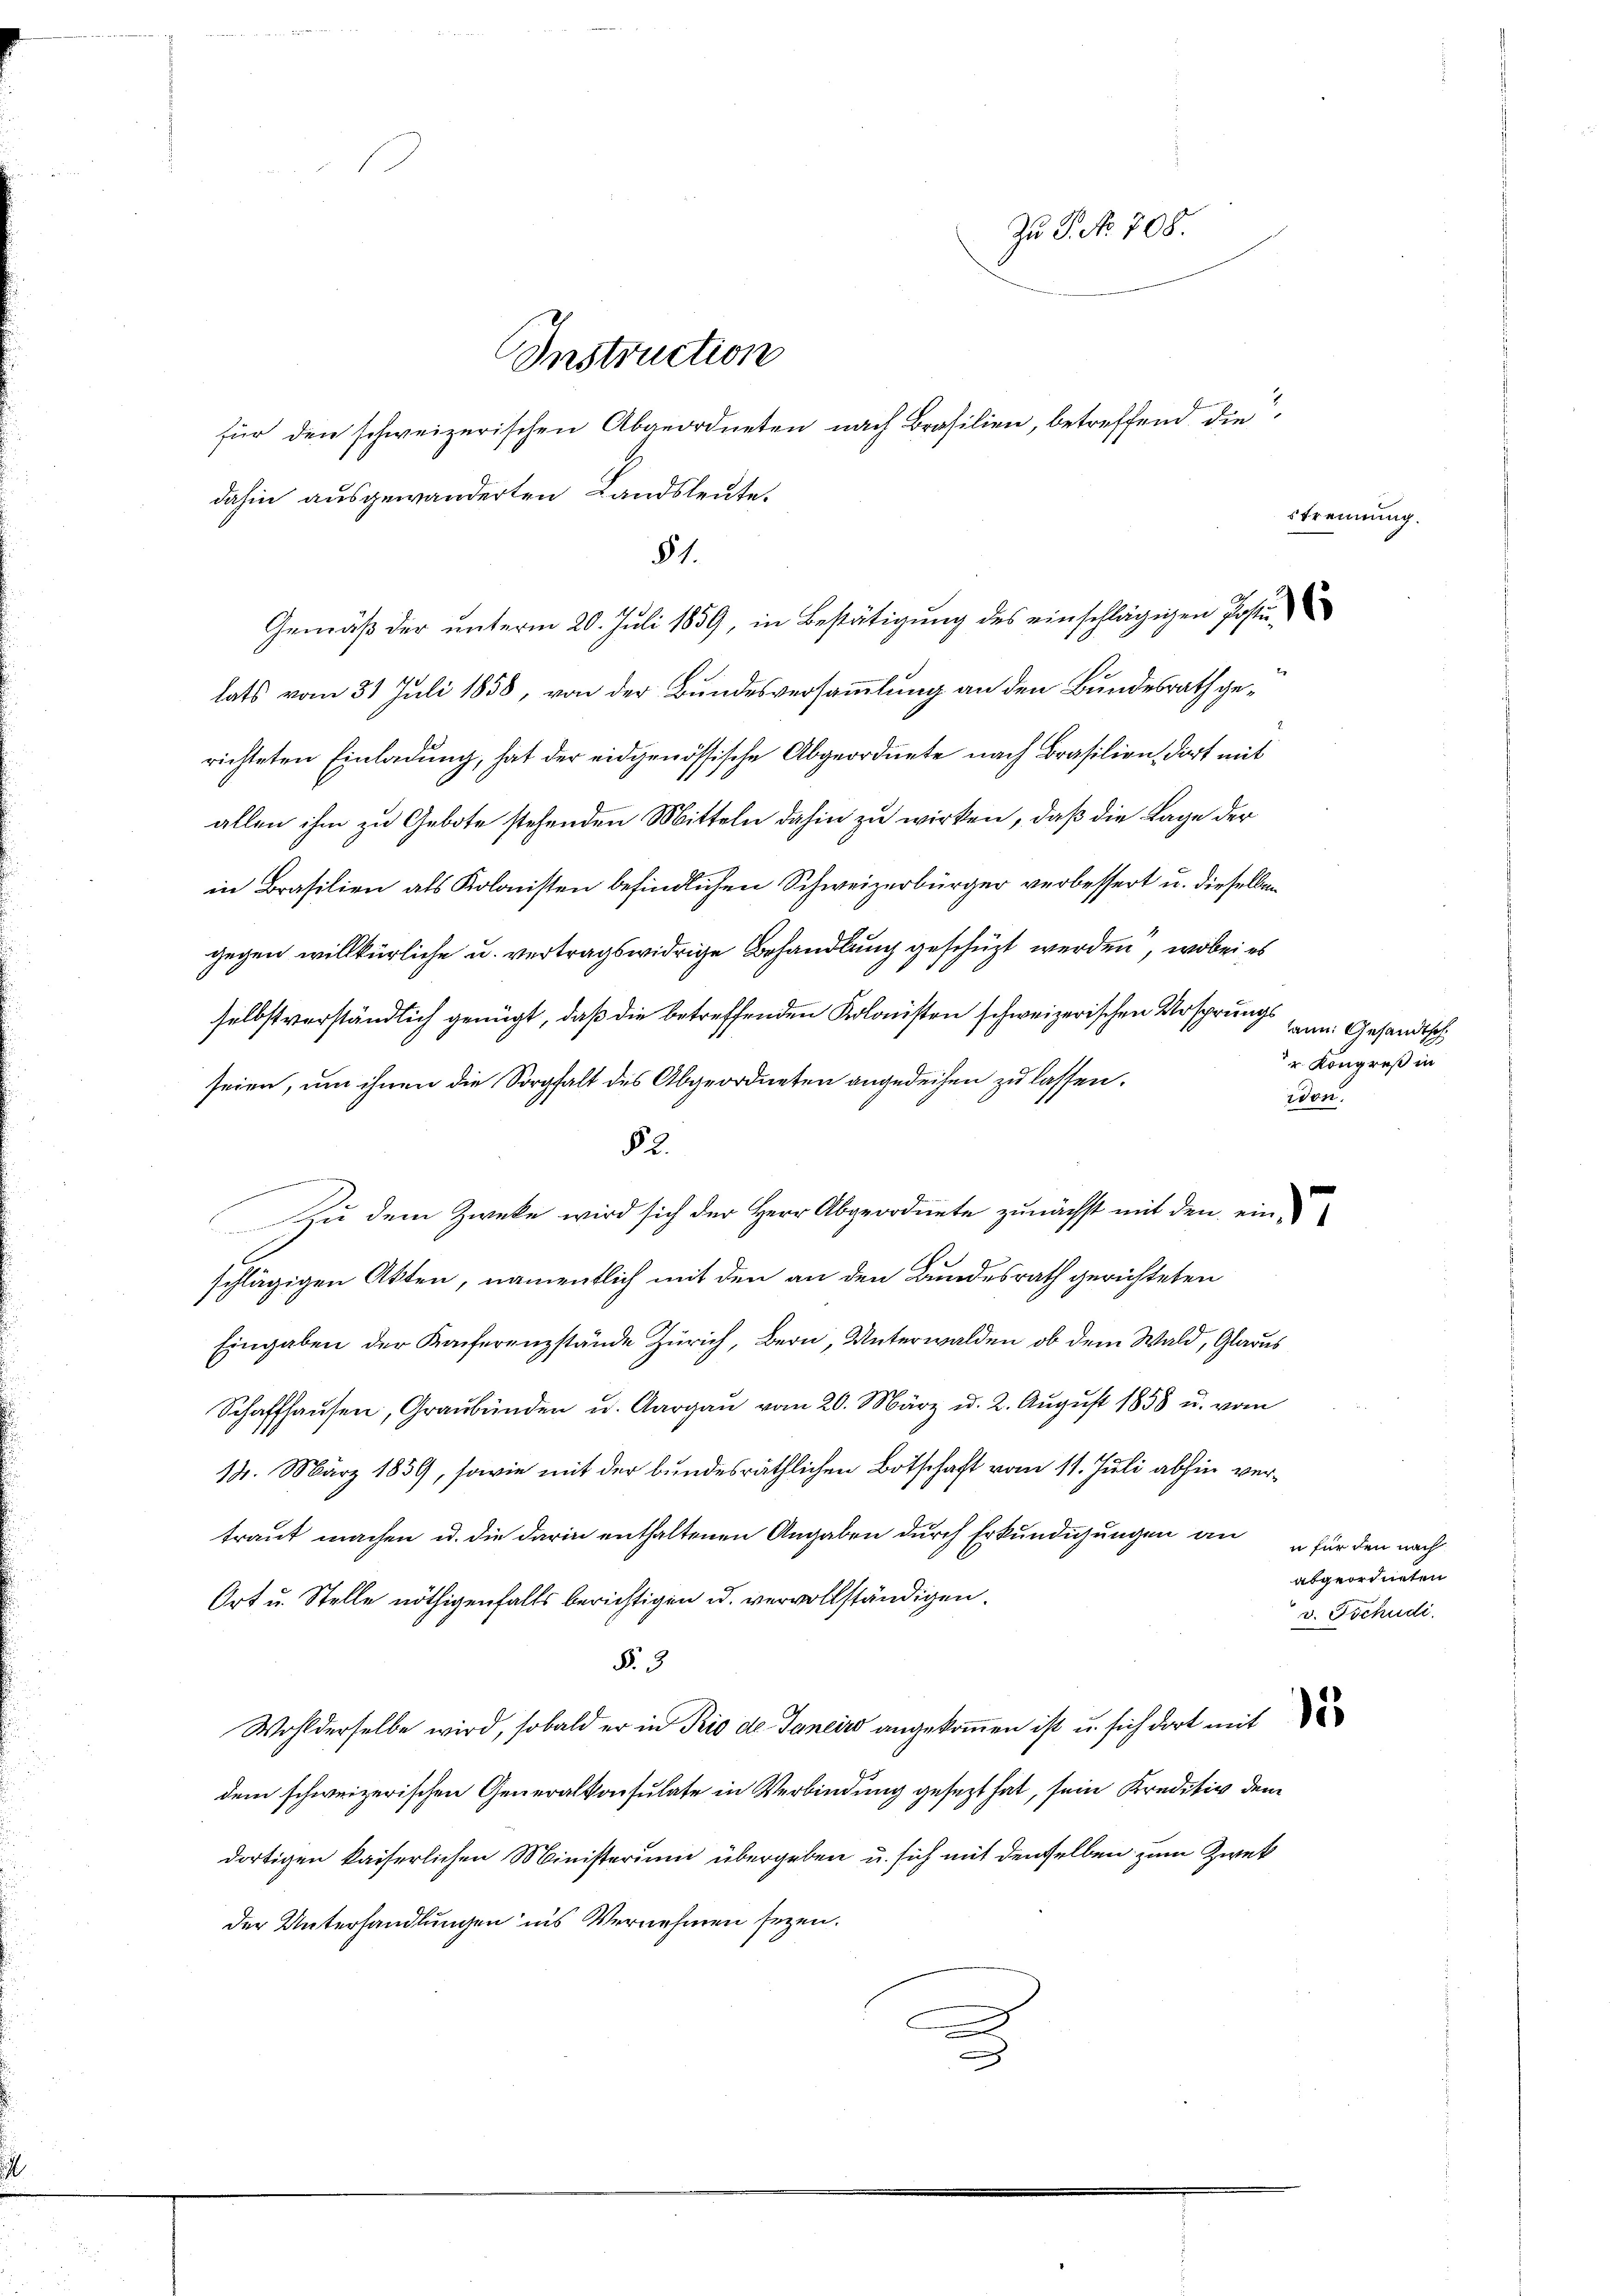
dahin ausgewanderten Landsleute.
§ 1.
Gemäß der unterm 20. Juli 1859, in Bestätigung des einschlägigen Postu
lats vom 31 Juli 1858, von der Bundesversammlung an den Bundesrath gerichteten Einladung, hat der eidgenössische Abgeordnete nach Brasilien, dort mit
allen ihm zu Gebote stehenden Mitteln dahin zu wirken, daß die Lage der
in Brasilien als Kolonisten befindlichen Schweizerbürger verbessert u. dieselben
gegen willkürliche u. vertragswidrige Behandlung geschüzt werden, wobei es
selbstverständlich genügt, daß die betreffenden Kolonisten schweizerischen Ursprungs
seien, um ihnen die Sorgfalt des Abgeordneten angedeihen zu lassen.
2
e
Zu dem Zwecke wird sich der Herr Abgeordnete zunächst mit den eine
schlägigen Akten, namentlich mit den an den Bundesrath gerichteten
Eingaben der Konferenzstände Zürich, Bern, Unterwalden, ob dem Wald, Glarus
Schaffhausen, Graubünden u. Aargau vom 20. März d. 2. August 1858 u. vom
14. März 1859, sowie mit der bundesräthlichen Botschaft vom 11. Juli abhin vertraut machen u. die darin enthaltenen Angaben durch Erkundigungen an
Ort u. Stelle nöthigenfalls berichtigen u. vervollständigen.
§. 3.
Wohlderselbe wird, sobald er in Prio de Janeiro angekomen ist u. sich dort mit
dem schweizerischen Generalkonsulate in Verbindung gesezt hat, sein Kreditiv dem
dortigen kaiserlichen Ministerium übergeben u. sich mit denselben zum Zwek
der Unterhandlungen ins Vernehmen seyen.

f

Instruction

für den schweizerischen Abgeordneten nach Brasilien, betreffend die

Zu P. Nr. 708.

strennung.

kann. Gesandtsch
r Kongreß in
rden.

u für den nach
abgeordneten
v. Tschudi.